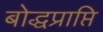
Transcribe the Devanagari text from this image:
बोद्धप्राप्ति